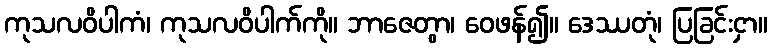
ကုသလဝိပါကံ၊ ကုသလဝိပါက်ကို။ ဘာဇေတွာ၊ ဝေဖန်၍။ ဒေဿတုံ၊ ပြခြင်းငှာ။